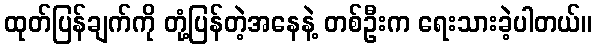
ထုတ်ပြန်ချက်ကို တုံ့ပြန်တဲ့အနေနဲ့ တစ်ဦးက ရေးသားခဲ့ပါတယ်။